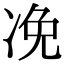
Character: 凂